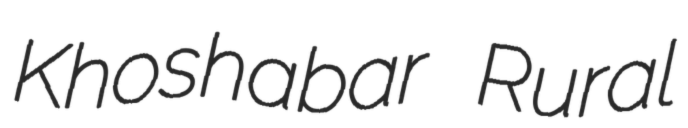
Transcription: Khoshabar Rural